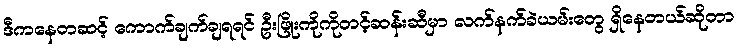
ဒီကနေတဆင့် ကောက်ချက်ချရရင် ဦးဖြိုးကိုကိုတင့်ဆန်းဆီမှာ လက်နက်ခဲယမ်းတွေ ရှိနေတယ်ဆိုတာ